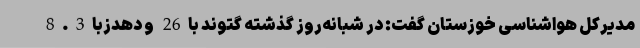
مدیرکل هواشناسی خوزستان گفت: در شبانه‌روز گذشته گتوند با26 و دهدزبا8.3